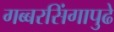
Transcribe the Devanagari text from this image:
गब्बरसिंगापुढे